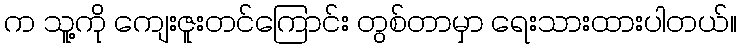
က သူ့ကို ကျေးဇူးတင်ကြောင်း တွစ်တာမှာ ရေးသားထားပါတယ်။